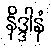
နိဒ္ဒါနံ